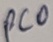
Text: PCO